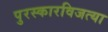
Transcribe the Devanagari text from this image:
पुरस्कारविजत्या